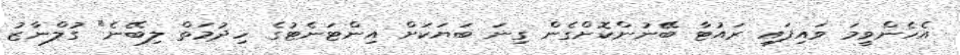
އެހެންވީމަ ވައިފައި ރައުޓާ ބޭނުންކޮށްގެން ގިނަ ބަޔަކަށް އިންޓަނެޓުގެ ހިދުމަތް ލިބޭނެ" ގުލްނާޒު